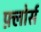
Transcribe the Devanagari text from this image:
फ़्लोर्स